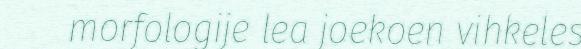
morfologije lea joekoen vihkeles